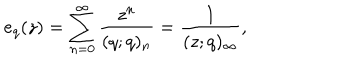
e _ { q } ( z ) = \sum _ { n = 0 } ^ { \infty } \frac { z ^ { n } } { ( q ; q ) _ { n } } = \frac { 1 } { ( z ; q ) _ { \infty } } ,